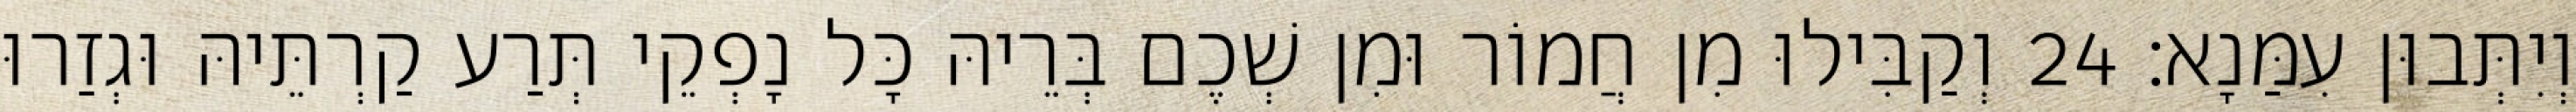
וְיִתְּבוּן עִמַּנָא׃ 24 וְקַבִּילוּ מִן חֲמוֹר וּמִן שְׁכֶם בְּרֵיהּ כָּל נָפְקֵי תְּרַע קַרְתֵּיהּ וּגְזַרוּ